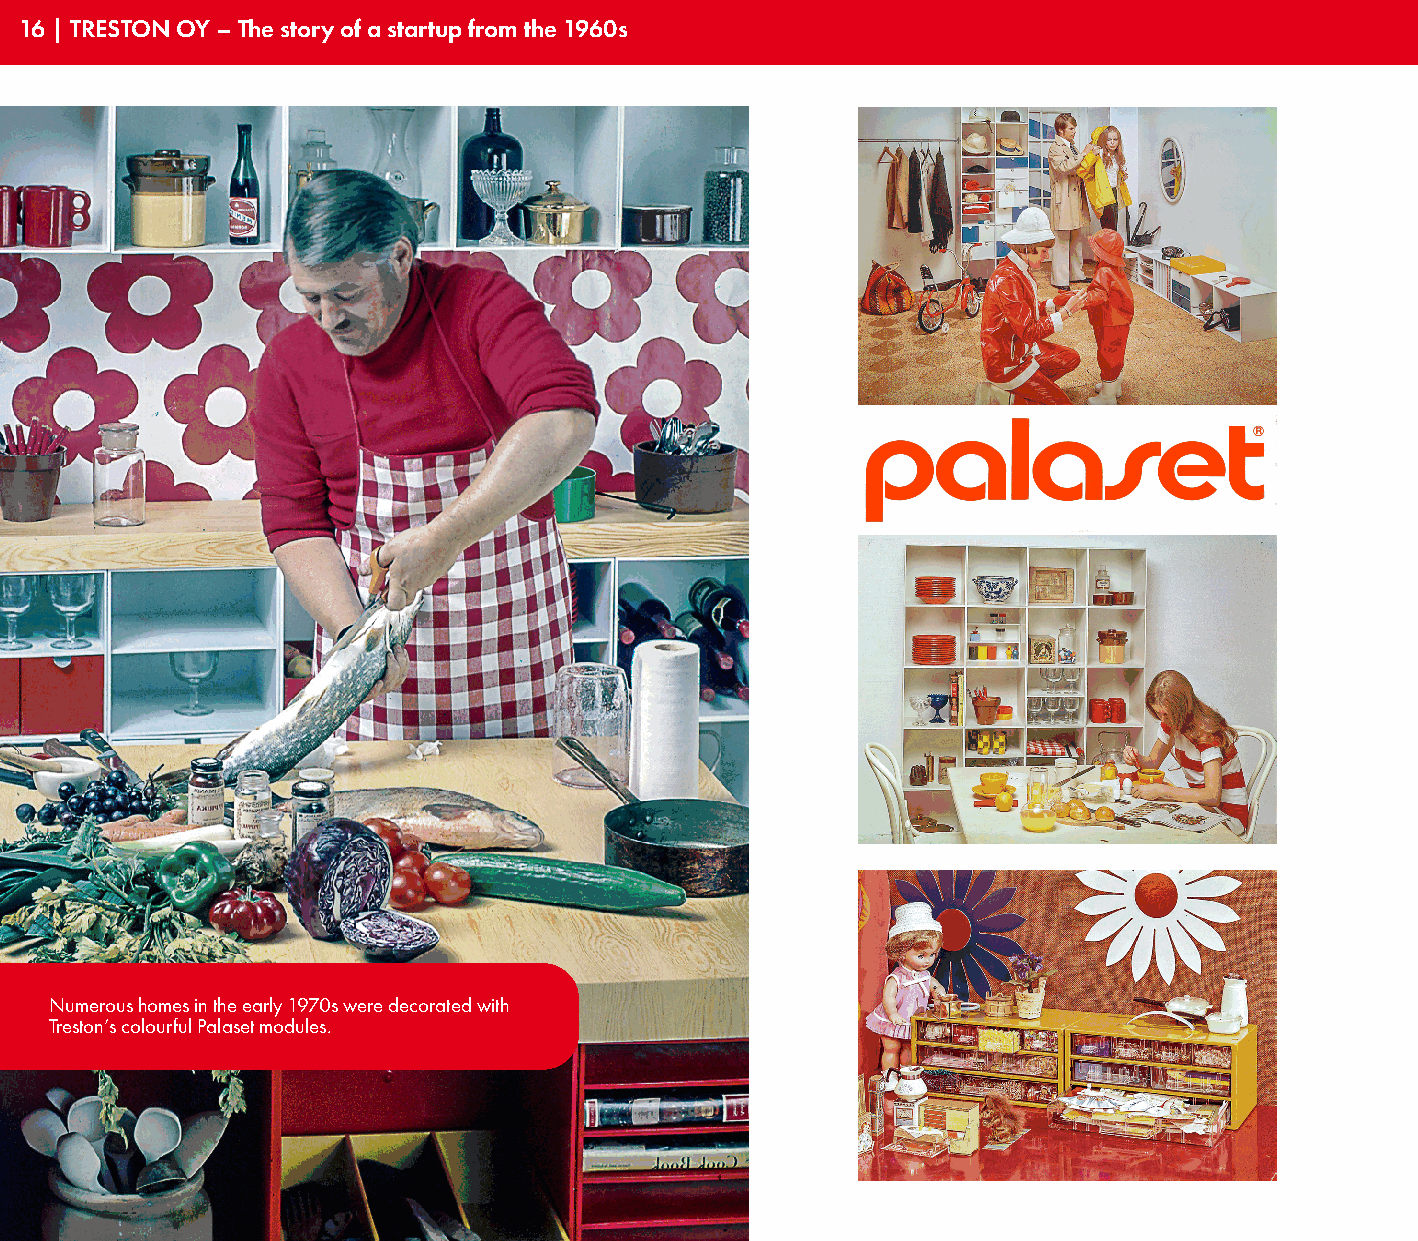
16 | TRESTON OY – The story of a startup from the 1960s
 Numerous homes in the early 1970s were decorated with
 Treston’s colourful Palaset modules.